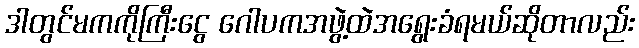
ဒါတွင်မကကိုကြီးငွေ ဂေါပကအဖွဲ့ထဲအရွေးခံရမယ်ဆိုတာလည်း